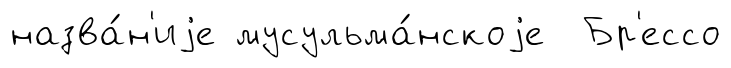
назва́н'иjе мусульма́нскоjе Бр'ессо